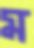
ম